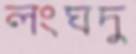
লংঘদু